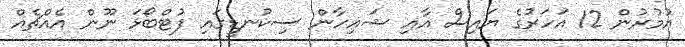
އުމުރުން 12 އަހަރުގެ ޔައިސް އާއި ޝައިހާން ސިކުނޑީގައި ފުޓްބޯޅަ ނޫން އެއްޗެއް